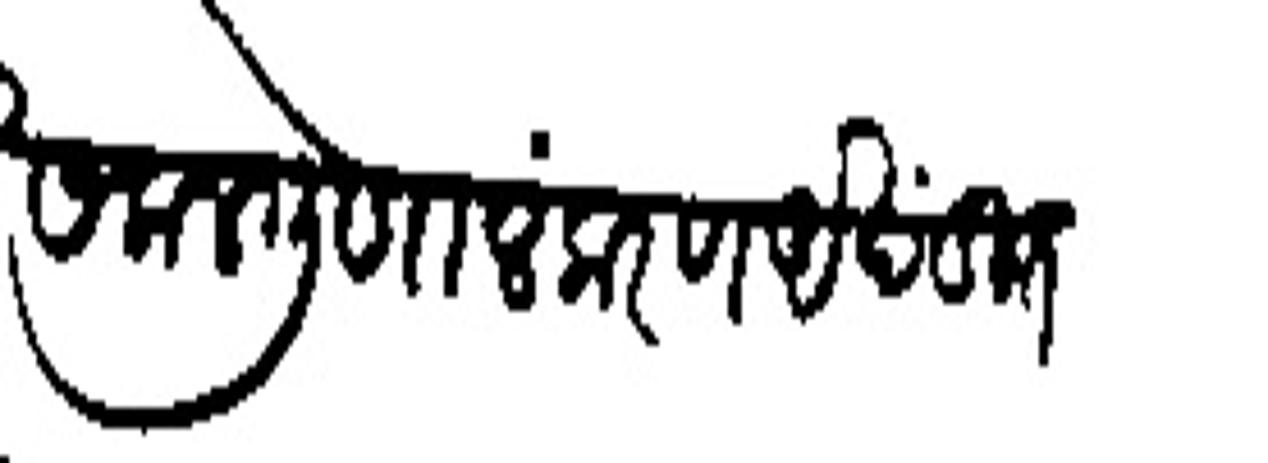
Transliteration (Devanagari): सकल गुणालंकरण अखंडित